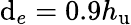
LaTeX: \mathrm{d}_{e}=0.9h_{\mathrm{u}}